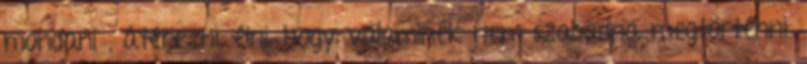
mondani , átérezni, élni, hogy valaminek nem szabadna megtörténni.